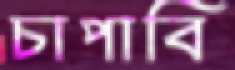
চাপাবি